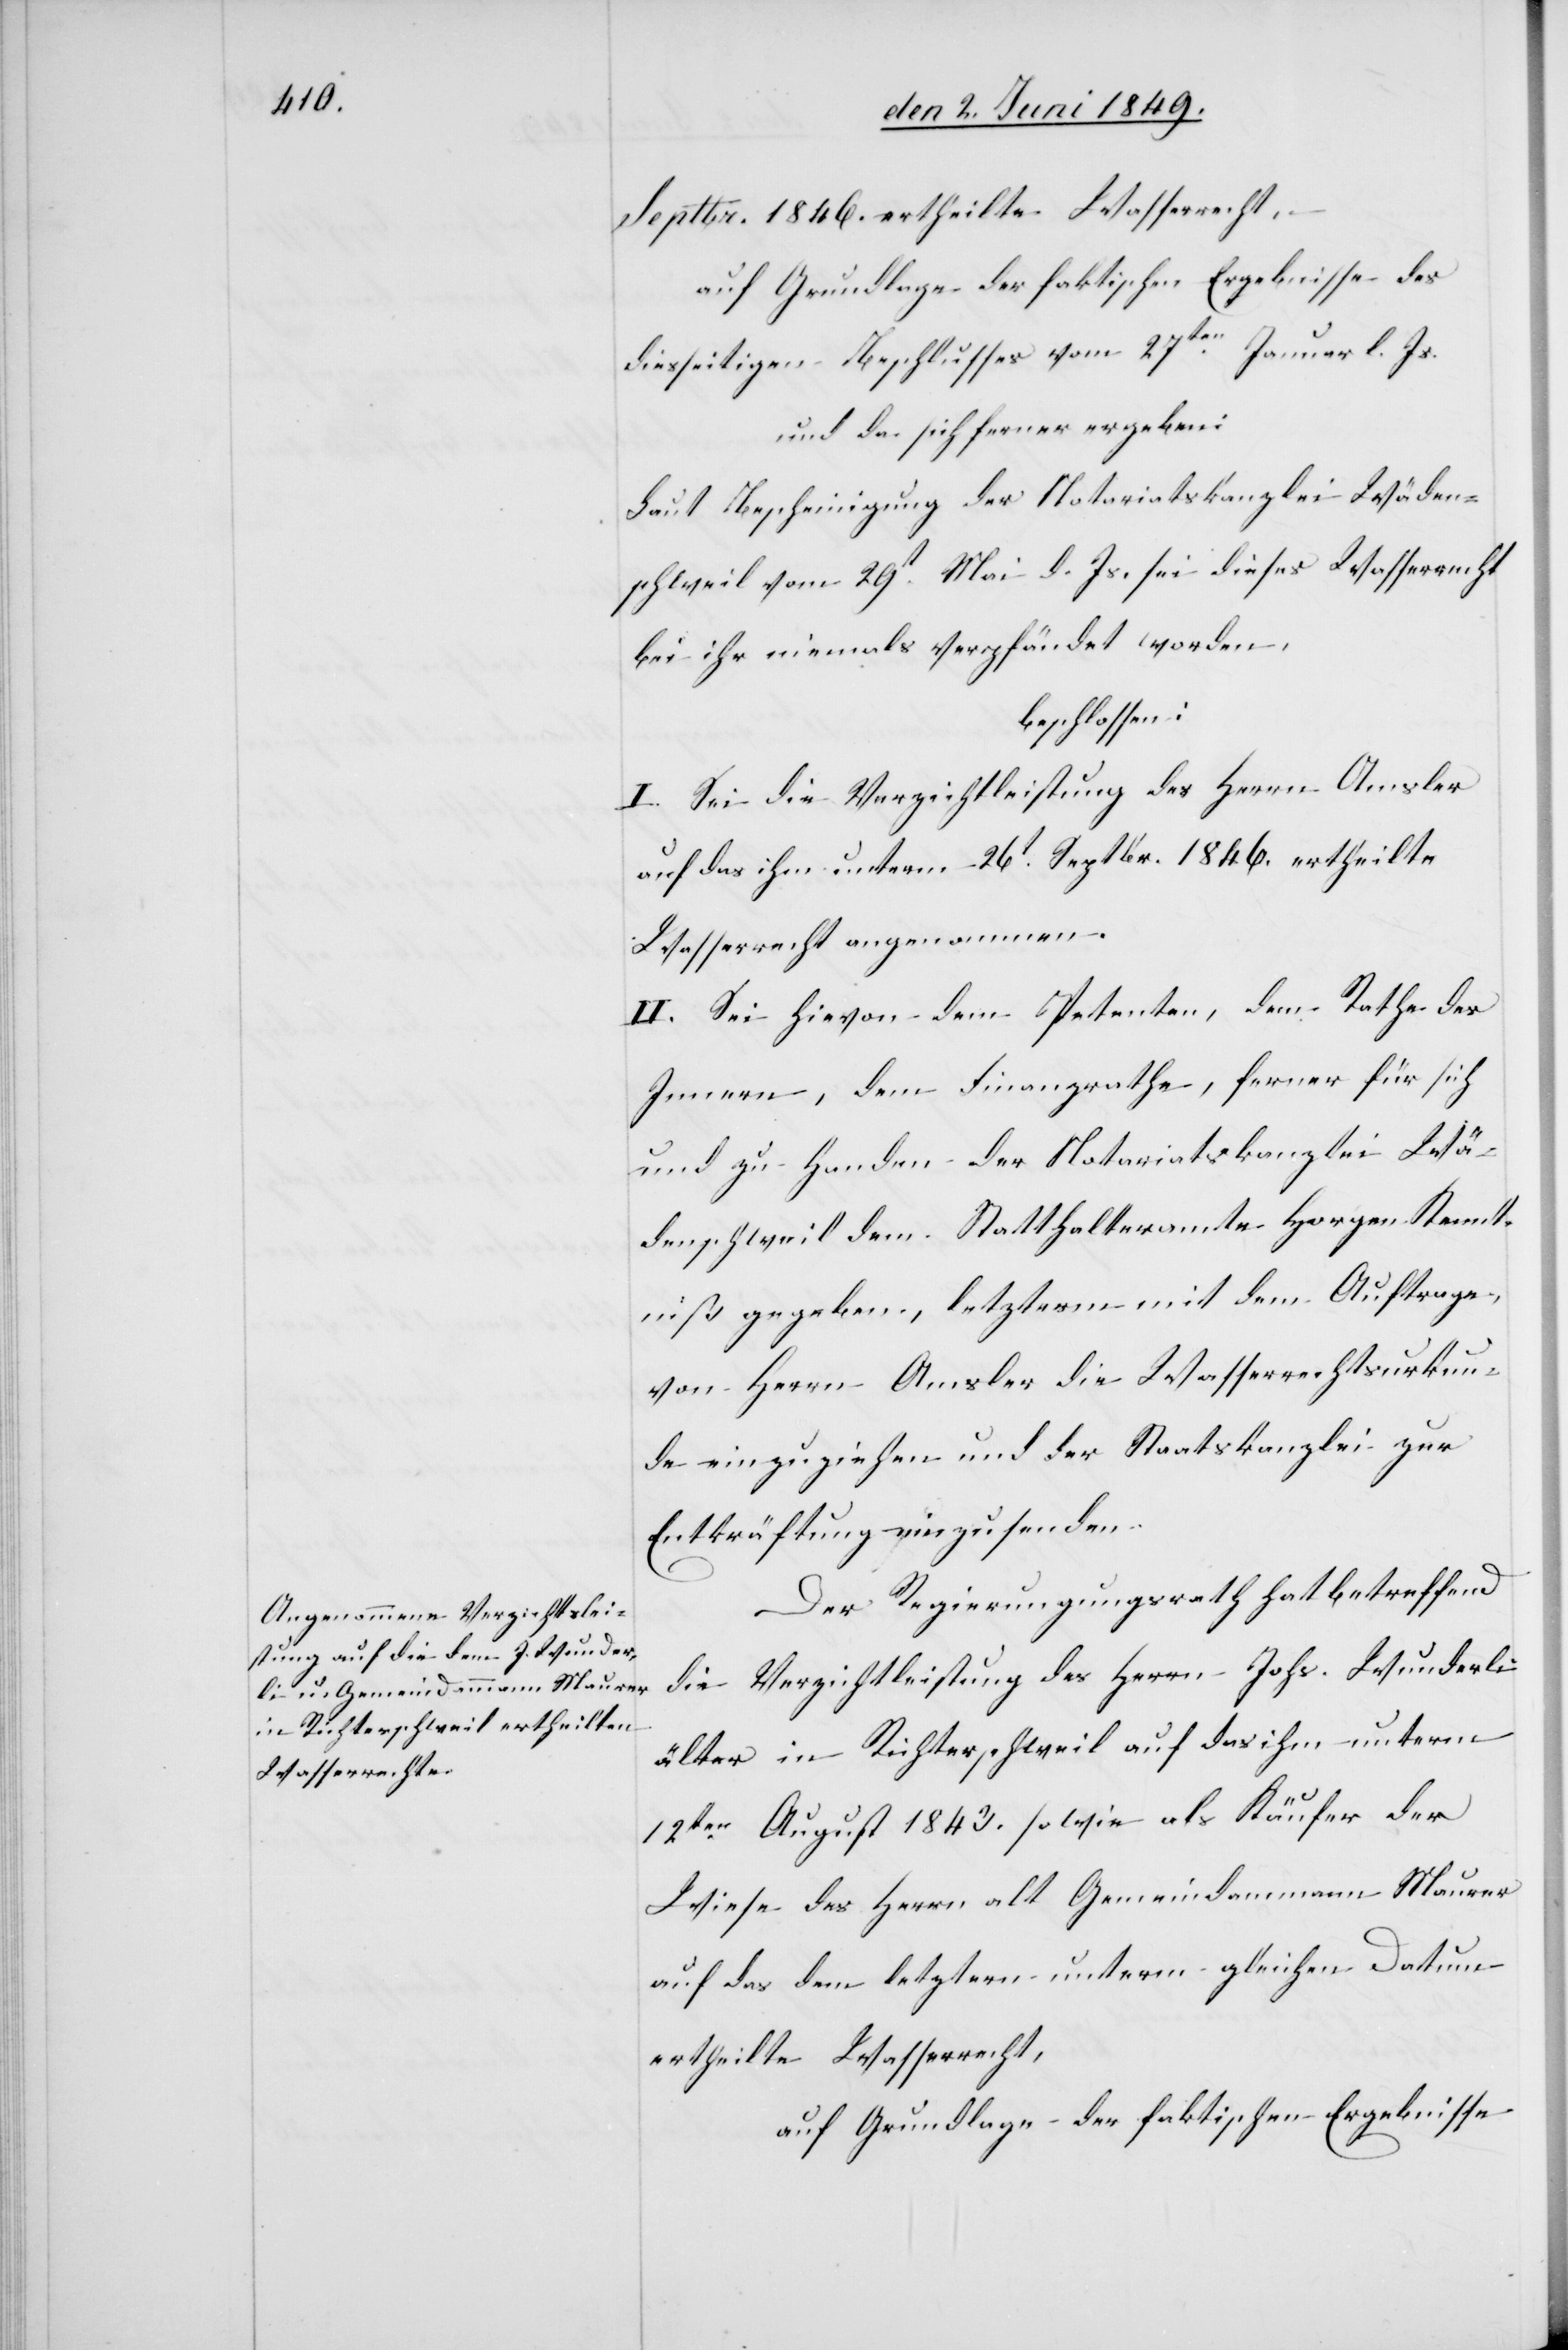
Septbr. 1846. ertheilte Wasserrecht,
auf Grundlage der faktischen Ergebnisse des
diesseitigen Beschlusses vom 27ten Januar l. Js.
und da sich ferner ergeben:
Laut Bescheinigung der Notariatskanzlei Wäden¬
schweil vom 29t Mai d. Js. sei dieses Wasserrecht
bei ihr niemals verpfändet worden,
beschlossen:
I. Sei die Verzichtleistung des Herrn Amsler
auf das ihm unterm 26t Septbr. 1846. ertheilte
Wasserrecht angenommen.
II. Sei hievon dem Petenten, dem Rathe des
Innern, dem Finanzrathe, ferner für sich
und zu Handen der Notariatskanzlei Wä¬
denschweil dem Statthalteramte Horgen Kennt¬
niß gegeben, letzterm mit dem Auftrage,
von Herrn Amsler die Wasserrechtsurkun¬
de einzuziehen und der Staatskanzlei zur
Entkräftung einzusenden.
Der Regierungsrath hat betreffend
die Verzichtleistung des Herrn Johs. Wunderli
älter in Richterschweil auf das ihm unterm
12ten August 1843. sowie als Käufer der
Wiese des Herrn alt Gemeindammann Maurer
auf das dem letztern unterm gleichen Datum
ertheilte Wasserrecht,
auf Grundlage der faktischen Ergebnisse